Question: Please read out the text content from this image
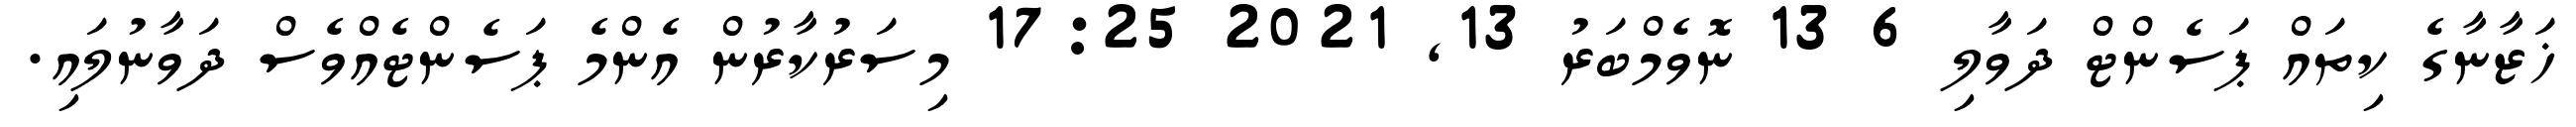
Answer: ޚަޒާނާގެ ކިތައް ޕަސެންޓް ދަވާލި 6 13 ނޮވެމްބަރު 13, 2021 17:25 މިސަރުކާރުން އެންމެ ޕަސެންޓެއްވެސް ދަވާނުލައި.